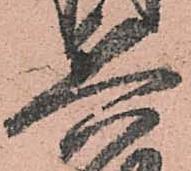
兵